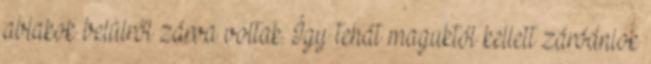
ablakok belülről zárva voltak. Így tehát maguktól kellett záródniok